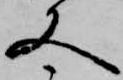
文